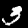
Label: 3